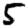
Digit: 5